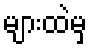
များထဲမှ